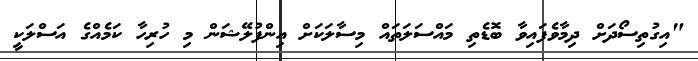
"އިގުތިސޯދަށް ދިމާވެފައިވާ ބޮޑެތި މައްސަލަތައް މިސާލަކަށް އިންފުލޭޝަން މި ހުރިހާ ކަމެއްގެ އަސްލަކީ